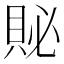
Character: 𲂬